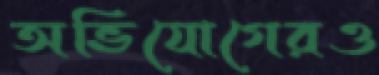
অভিযোগেরও